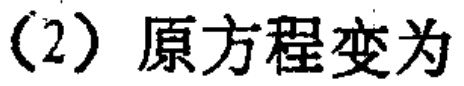
（2）原方程变为